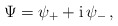
\begin{align*}\Psi = \psi_{+} + {\rm i} \, \psi_-\,,\end{align*}